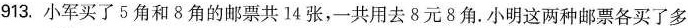
913。小军买了5角和8角的邮票共14张，一共用去8元8角.小明这两种邮票各买了多